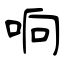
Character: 响